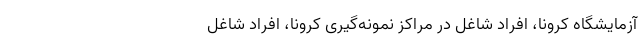
آزمایشگاه کرونا، افراد شاغل در مراکز نمونه‌گیری کرونا، افراد شاغل